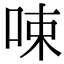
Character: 𠲿